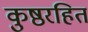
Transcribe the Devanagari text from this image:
कुष्ठरहित